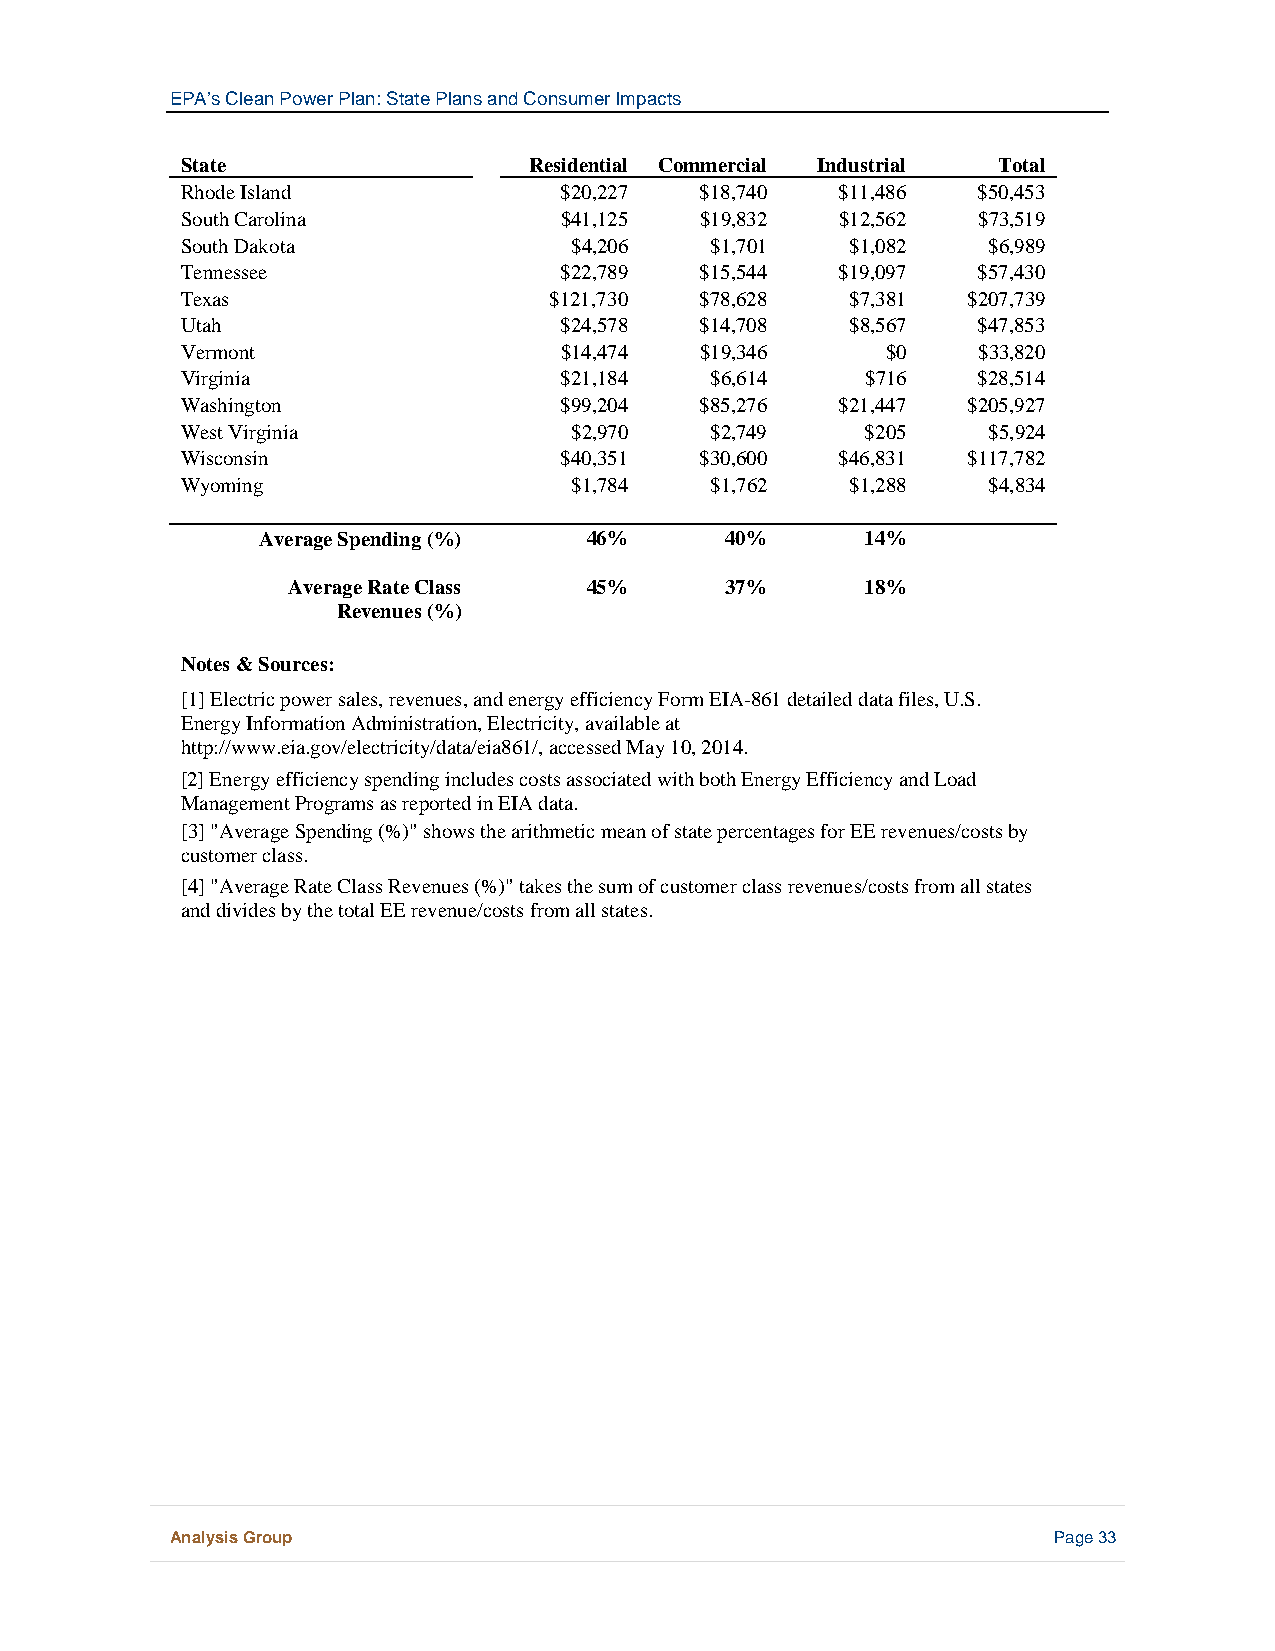
EPA’s Clean Power Plan: State Plans and Consumer Impacts
 State                  Residential Commercial Industrial Total
 Rhode Island             $20,227  $18,740   $11,486  $50,453
 South Carolina           $41,125  $19,832   $12,562  $73,519
 South Dakota              $4,206   $1,701   $1,082   $6,989
 Tennessee                $22,789  $15,544   $19,097  $57,430
 Texas                   $121,730  $78,628   $7,381  $207,739
 Utah                     $24,578  $14,708   $8,567   $47,853
 Vermont                  $14,474  $19,346      $0    $33,820
 Virginia                 $21,184   $6,614    $716    $28,514
 Washington               $99,204  $85,276   $21,447 $205,927
 West Virginia             $2,970   $2,749    $205    $5,924
 Wisconsin                $40,351  $30,600   $46,831 $117,782
 Wyoming                   $1,784   $1,762   $1,288   $4,834
 Average Spending (%)  46%      40%      14%
 Average Rate Class  45%      37%      18%
 Revenues (%)
 Notes & Sources:
 [1] Electric power sales, revenues, and energy efficiency Form EIA-861 detailed data files, U.S.
 Energy Information Administration, Electricity, available at
 http://www.eia.gov/electricity/data/eia861/, accessed May 10, 2014.
 [2] Energy efficiency spending includes costs associated with both Energy Efficiency and Load
 Management Programs as reported in EIA data.
 [3] "Average Spending (%)" shows the arithmetic mean of state percentages for EE revenues/costs by
 customer class.
 [4] "Average Rate Class Revenues (%)" takes the sum of customer class revenues/costs from all states
 and divides by the total EE revenue/costs from all states.
 Analysis Group                                             Page 33